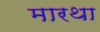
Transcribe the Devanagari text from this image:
मारथा